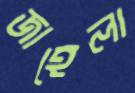
জাহেলা